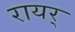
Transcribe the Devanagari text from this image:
रायर्